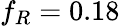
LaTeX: f_{R}=0.18